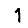
Digit: 1